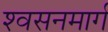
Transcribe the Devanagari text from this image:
श्‍वसनमार्ग